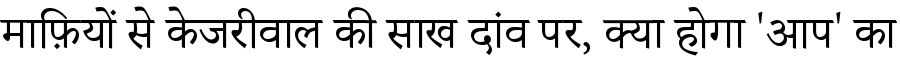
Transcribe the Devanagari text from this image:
माफ़ियों से केजरीवाल की साख दांव पर, क्या होगा 'आप' का